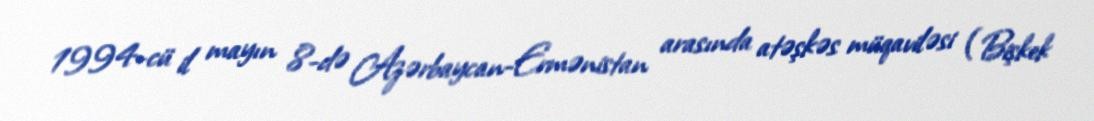
1994-cü il mayın 8-də Azərbaycan-Ermənistan arasında atəşkəs müqaviləsi (Bişkek